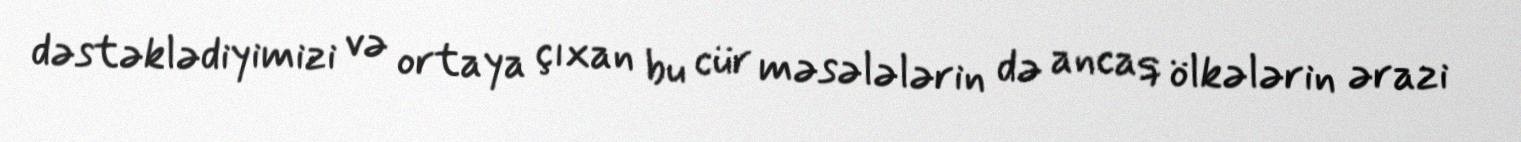
dəstəklədiyimizi və ortaya çıxan bu cür məsələlərin də ancaq ölkələrin ərazi